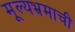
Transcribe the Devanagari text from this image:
मूल्यभ्रमाची